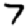
Digit: 7